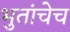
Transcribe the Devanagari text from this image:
भुतांचेच